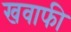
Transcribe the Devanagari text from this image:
खवाफी